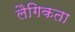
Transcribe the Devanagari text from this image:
लैगिकता